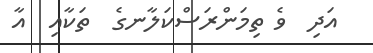
އަދި  ވެ ތިމަންރަސްކަލާނގެ  ތަކާއި  އާ